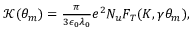
\begin{array} { r } { \mathcal { K } ( \theta _ { m } ) = \frac { \pi } { 3 \epsilon _ { 0 } \lambda _ { 0 } } e ^ { 2 } N _ { u } F _ { T } ( K , \gamma \theta _ { m } ) , } \end{array}